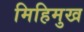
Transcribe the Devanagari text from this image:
मिहिमुख